Report on lock hospitals in British Burma
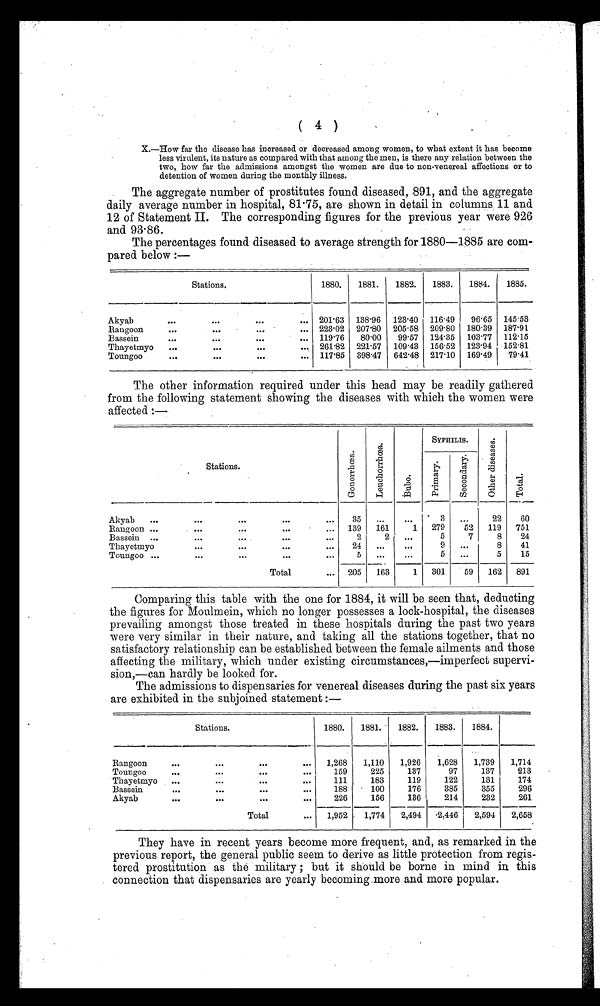
(4)
X.—How far the disease has increased or decreased among women, to what extent it has become
•
less virulent, its nature as compared with that among the men, is there any relation between the
two, how far the admissions amongst the women are due to non-venereal affections or to
detention of women during the monthly illness.
The aggregate number of prostitutes found diseased, 891, and the aggregate
daily average number in hospital, 81·75, are shown in detail in columns 11 and
12 of Statement II. The corresponding figures for the previous year were 926
and 93·86.
The percentages found diseased to average strength for 1880—1885 are com-
pared below :—
Stations.
1880.
1881.
1882.
1883.
1884.
1885.
Akyab
...
...
...
...
201. 63 138.96 123.40 116 . 49
96. 65 145·53
Rangoon
. . . ...
...
...
223. 02 207·80 205 . 58 209 . 80 180 . 39 187·91
Bassein
...
...
...
...
119 .76
80 .00
99 .57 124. 35 103 .77 112·15
Thayetmyo
...
... ...
...
261 .82 221 .57 109 .43 156. 52 123.94 152·81
Toungoo
... ...
...
...
117·85 398 .47 642·48 217 . 10 169.49 79·41
The other information required under this head may be readily gathered
from the following statement showing the diseases with which the women were
affected :—
SYPHILIS.
Stations.
G o n o r r h œ a .
L e u c h o r r h œ a .
B u b o .
P r i m a r y .
S e c o n d a r y .
O t h e r d i s e a s e s .
T o t a l .
Akyab
...
...
...
...
...
35
...
. . .
3
. . .
22
60
Rangoon ... ...
...
...
...
139 161
1
279
52 119 751
Bassein ...
... ...
...
. . .
2
2
. . .
5
7
8
24
Thayetmyo
... ...
... ...
24
. . .
. . .
9
...
8
41
Toungoo ...
...
...
...
5
. . .
. . .
5
...
5
15
Total
... 205
163
1
301
59
162 891
Comparing this table with the one for 1884, it will be seen that, deducting
the figures for Moulmein, which no longer possesses a lock-hospital, the diseases
prevailing amongst those treated in these hospitals during the past two years
were very similar in their nature, and taking all the stations together, that no
satisfactory relationship can be established between the female ailments and those
affecting the military, which under existing circumstances,—imperfect supervi-
sion,—can hardly be looked for.
The admissions to dispensaries for venereal diseases during the past six years
are exhibited in the subjoined statement :—
Stations.
1880.
1881.
1882.
1883.
1884.
Rangoon
...
...
...
...
1,268
1,110
1,926
1,628
1,739
1,714
Toungoo
...
...
...
. . .
159
225
137
97
137
213
Thayetmyo ...
...
...
...
111
183
119
122
131
174
Bassein
...
...
...
...
188
100
176
385
355
296
Akyab
...
...
...
...
226
156
136
214
232
261
Total
...
1,952
1,774
2,494
2,446
2,594
2,658
They have in recent years become more frequent, and, as remarked in the
previous report, the general public seem to derive as little protection from regis-
tered prostitution as the military ; but it should be borne in mind in this
connection that dispensaries are yearly becoming.more and more popular.